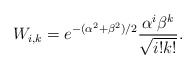
\begin{align*}W_{i,k}=e^{-(\alpha^2+\beta^2)/2}\frac{\alpha^i \beta^k}{\sqrt{i!k!}}.\end{align*}